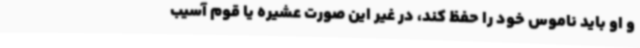
و او باید ناموس خود را حفظ کند، در غیر این صورت عشیره یا قوم آسیب